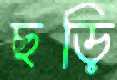
ছড়ি